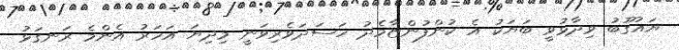
ޔައުގޫބު ވިދާޅުވީ ބަޔަކު އެ ކުންފުންޏާމެދު ހަސަދަވެރިވަނީ މިދިޔަ އަހަރު އެންމެ ރަނގަޅު